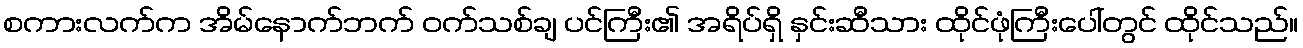
စကားလက်က အိမ်နောက်ဘက် ဝက်သစ်ချ ပင်ကြီး၏ အရိပ်ရှိ နှင်းဆီသား ထိုင်ဖုံကြီးပေါ်တွင် ထိုင်သည်။